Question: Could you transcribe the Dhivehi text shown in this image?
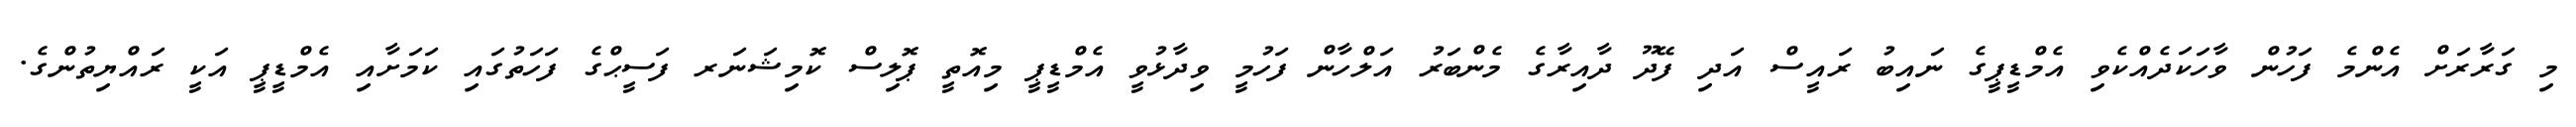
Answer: މި ގަރާރަށް އެންމެ ފަހުން ވާހަކަދެއްކެވި އެމްޑީޕީގެ ނައިބު ރައީސް އަދި ފޭދޫ ދާއިރާގެ މެންބަރު އަލްހާން ފަހުމީ ވިދާޅުވީ އެމްޑީޕީ މިއޮތީ ޕޮލިސް ކޮމިޝަނަރ ފަސީޙްގެ ފަހަތުގައި ކަމަށާއި އެމްޑީޕީ އަކީ ރައްޔިތުންގެ.